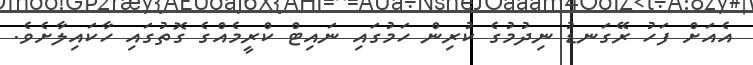
އެއަށް ފަހު ރޭގަނޑު ނިދުމުގެ ކުރިން ހަމުގައި ނައިޓް ކްރީމެއްގެ ގޮތުގައި ހާކައިލާށެވެ.